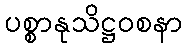
ပစ္စာနုသိဋ္ဌဝစနာ